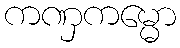
ကဏှကမ္မော